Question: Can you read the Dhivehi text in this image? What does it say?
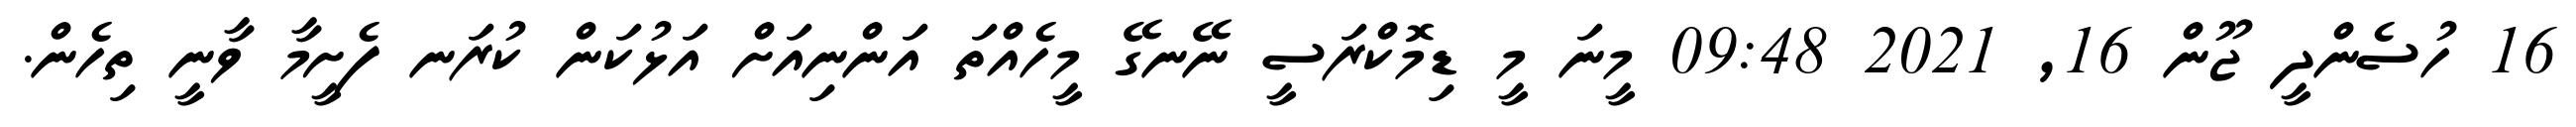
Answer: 16 ހުސެންދީ ޖޫން 16, 2021 09:48 މީނަ މީ ޑިމޮކްރަސީ ނޭނގޭ މީހެއްތަ އަންނިއަށް އަޅުކަން ކުރަނ ފެށީމާ ވާނީ ތިހެން.